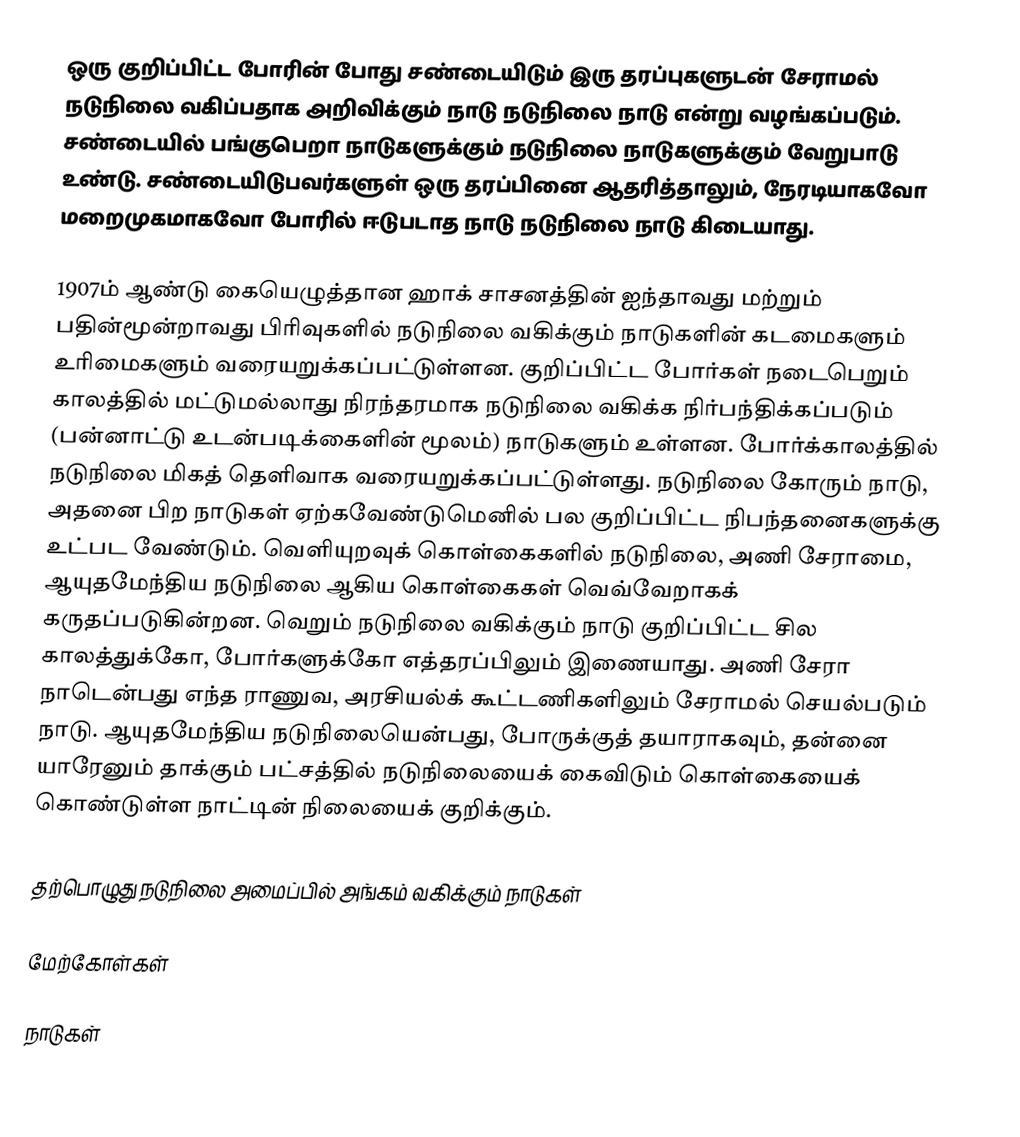
ஒரு குறிப்பிட்ட போரின் போது சண்டையிடும் இரு தரப்புகளுடன் சேராமல் நடுநிலை வகிப்பதாக அறிவிக்கும் நாடு நடுநிலை நாடு என்று வழங்கப்படும். சண்டையில் பங்குபெறா நாடுகளுக்கும் நடுநிலை நாடுகளுக்கும் வேறுபாடு உண்டு. சண்டையிடுபவர்களுள் ஒரு தரப்பினை ஆதரித்தாலும், நேரடியாகவோ மறைமுகமாகவோ போரில் ஈடுபடாத நாடு நடுநிலை நாடு கிடையாது.

1907ம் ஆண்டு கையெழுத்தான ஹாக் சாசனத்தின் ஐந்தாவது மற்றும் பதின்மூன்றாவது பிரிவுகளில் நடுநிலை வகிக்கும் நாடுகளின் கடமைகளும் உரிமைகளும் வரையறுக்கப்பட்டுள்ளன. குறிப்பிட்ட போர்கள் நடைபெறும் காலத்தில் மட்டுமல்லாது நிரந்தரமாக நடுநிலை வகிக்க நிர்பந்திக்கப்படும் (பன்னாட்டு உடன்படிக்கைளின் மூலம்) நாடுகளும் உள்ளன. போர்க்காலத்தில் நடுநிலை மிகத் தெளிவாக வரையறுக்கப்பட்டுள்ளது. நடுநிலை கோரும் நாடு, அதனை பிற நாடுகள் ஏற்கவேண்டுமெனில் பல குறிப்பிட்ட நிபந்தனைகளுக்கு உட்பட வேண்டும். வெளியுறவுக் கொள்கைகளில் நடுநிலை, அணி சேராமை, ஆயுதமேந்திய நடுநிலை ஆகிய கொள்கைகள் வெவ்வேறாகக் கருதப்படுகின்றன. வெறும் நடுநிலை வகிக்கும் நாடு குறிப்பிட்ட சில காலத்துக்கோ, போர்களுக்கோ எத்தரப்பிலும் இணையாது. அணி சேரா நாடென்பது எந்த ராணுவ, அரசியல்க் கூட்டணிகளிலும் சேராமல் செயல்படும் நாடு. ஆயுதமேந்திய நடுநிலையென்பது, போருக்குத் தயாராகவும், தன்னை யாரேனும் தாக்கும் பட்சத்தில் நடுநிலையைக் கைவிடும் கொள்கையைக் கொண்டுள்ள நாட்டின் நிலையைக் குறிக்கும்.

தற்பொழுது நடுநிலை அமைப்பில் அங்கம் வகிக்கும் நாடுகள்

மேற்கோள்கள்

நாடுகள்